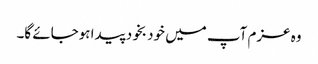
وہ عزم آپ میں خود بخود پیدا ہوجائے گا۔